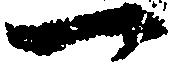
一